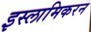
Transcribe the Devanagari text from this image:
इस्लामिकरन